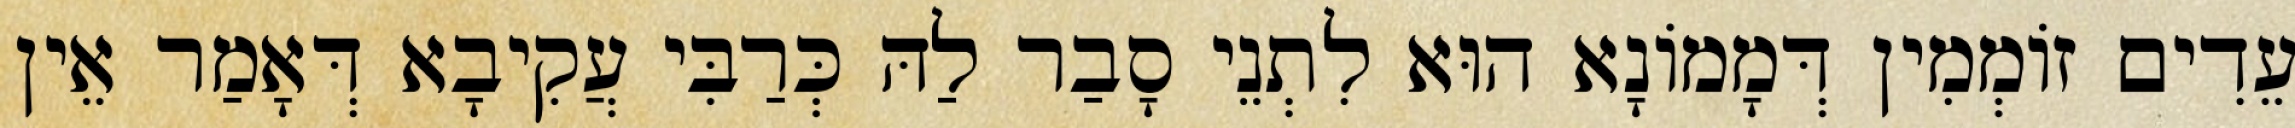
עֵדִים זוֹמְמִין דְּמָמוֹנָא הוּא לִתְנֵי סָבַר לַהּ כְּרַבִּי עֲקִיבָא דְּאָמַר אֵין